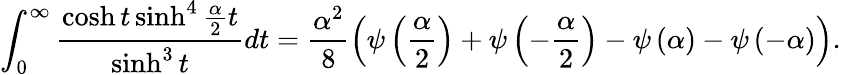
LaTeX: \int_{0}^{\infty}\frac{\cosh t\sinh^{4}\frac{\alpha}{2}t}{\sinh^{3}t}dt=\frac{\alpha^{2}}{8}\left(\psi\left(\frac{\alpha}{2}\right)+\psi\left(-\frac{\alpha}{2}\right)-\psi\left(\alpha\right)-\psi\left(-\alpha\right)\right).